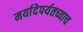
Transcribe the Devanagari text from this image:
मर्यादेपर्यतच्याच